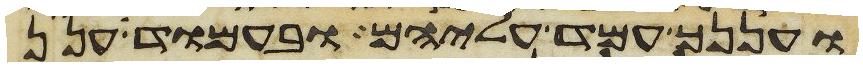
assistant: ועננך עמד עליהם ובעמוד ענן